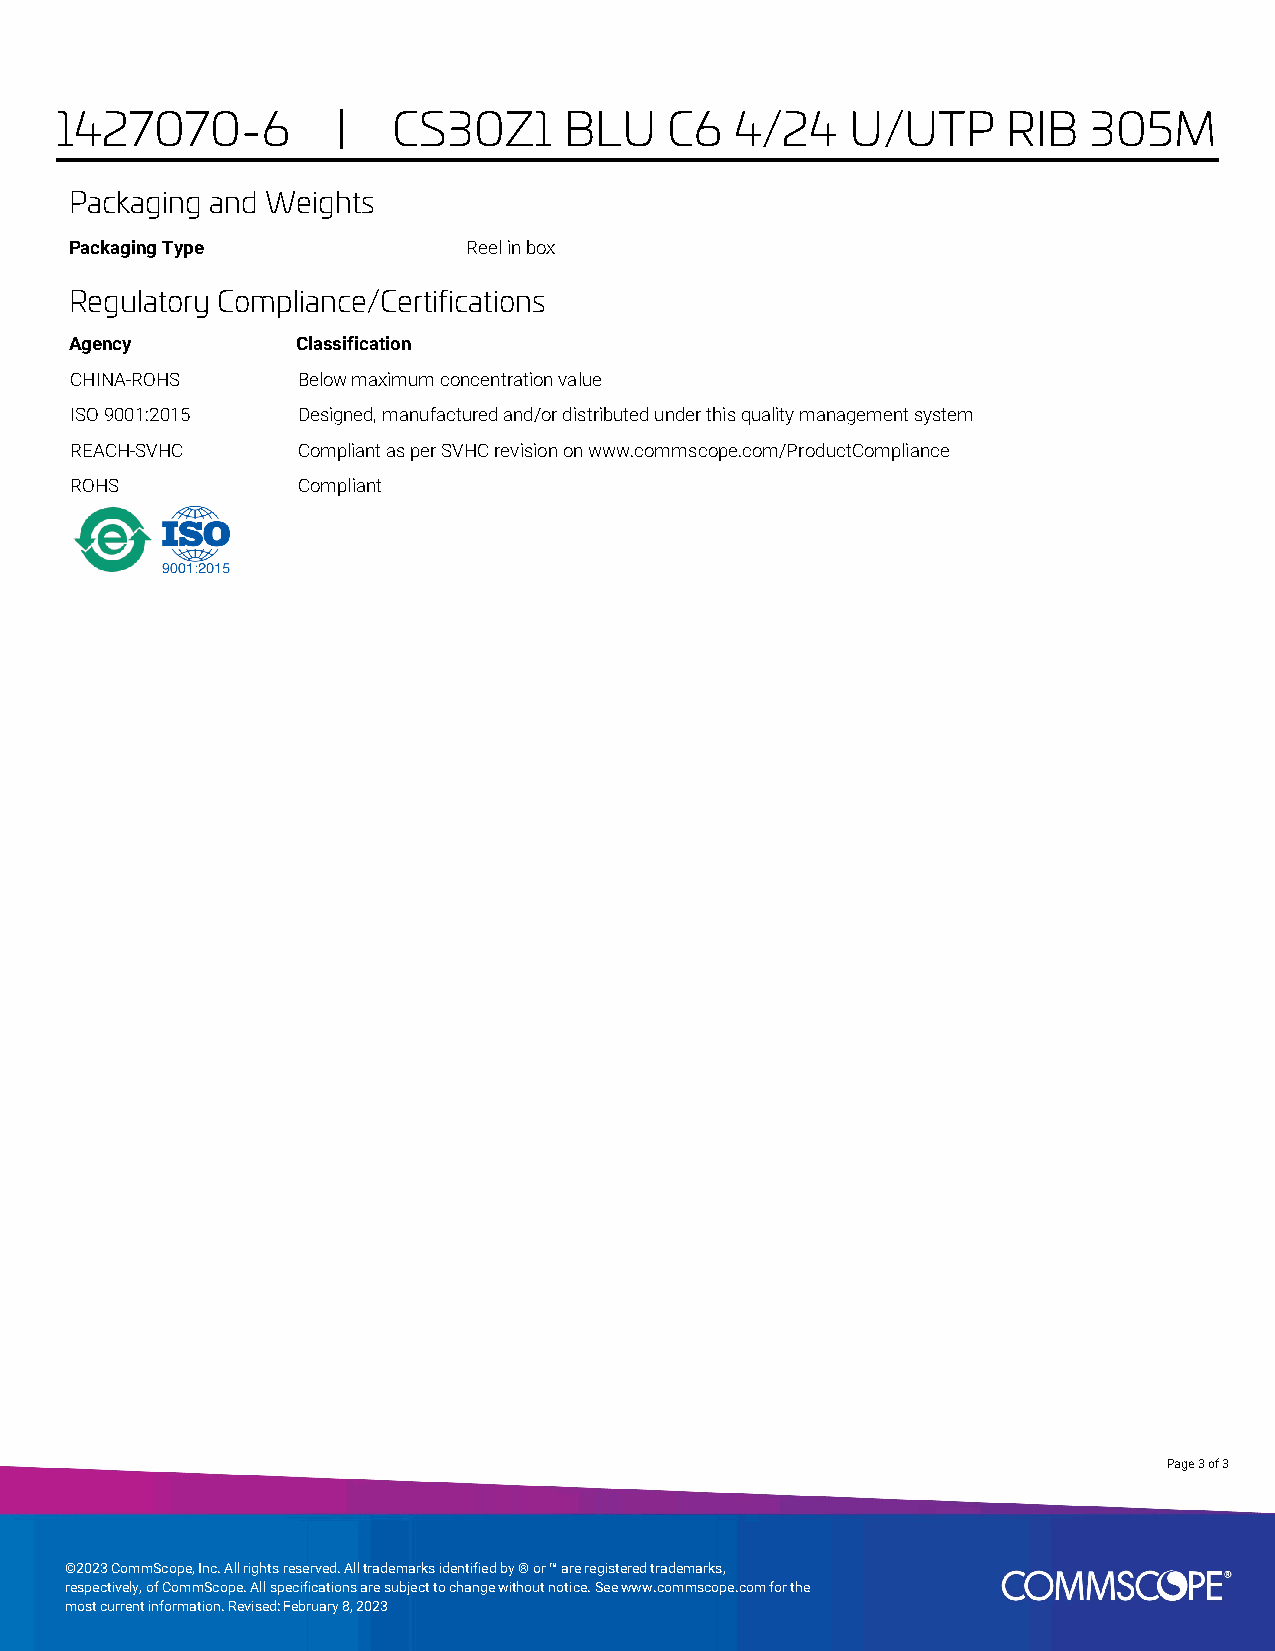
1427070-6         |   CS30Z1     BLU    C6   4/24   U/UTP      RIB  305M
 Packaging and Weights
 Packaging Type            Reel in box
 Regulatory Compliance/Certifications
 Agency         Classification
 CHINA-ROHS     Below maximum concentration value
 ISO 9001:2015  Designed, manufactured and/or distributed under this quality management system
 REACH-SVHC     Compliant as per SVHC revision on www.commscope.com/ProductCompliance
 ROHS           Compliant
 Page 3 of 3
 ©2023 CommScope, Inc. All rights reserved. All trademarks identified by ® or ™ are registered trademarks,
 respectively, of CommScope. All specifications are subject to change without notice. See www.commscope.com for the
 most current information. Revised: February 8, 2023